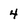
Character: 4